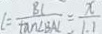
l = \frac { B C } { \tan \angle B A C } = \frac { x } { 1 . 1 }